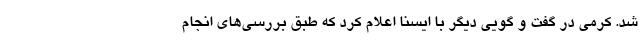
شد. کرمی در گفت و گویی دیگر با ایسنا اعلام کرد که طبق بررسی‌های انجام